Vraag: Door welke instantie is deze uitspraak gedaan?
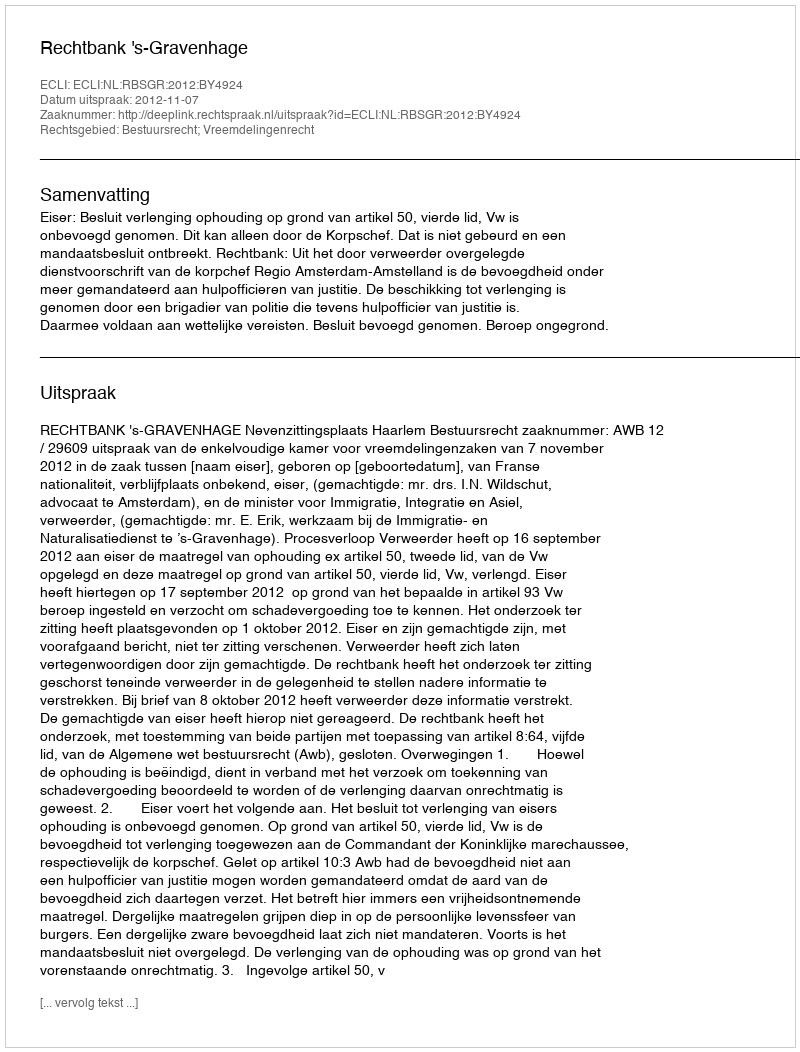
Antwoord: Rechtbank 's-Gravenhage